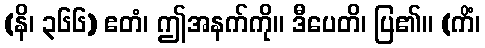
(နိ၊ ၃၆၆) ဧတံ၊ ဤအနက်ကို။ ဒီပေတိ၊ ပြ၏။ (ကိံ၊